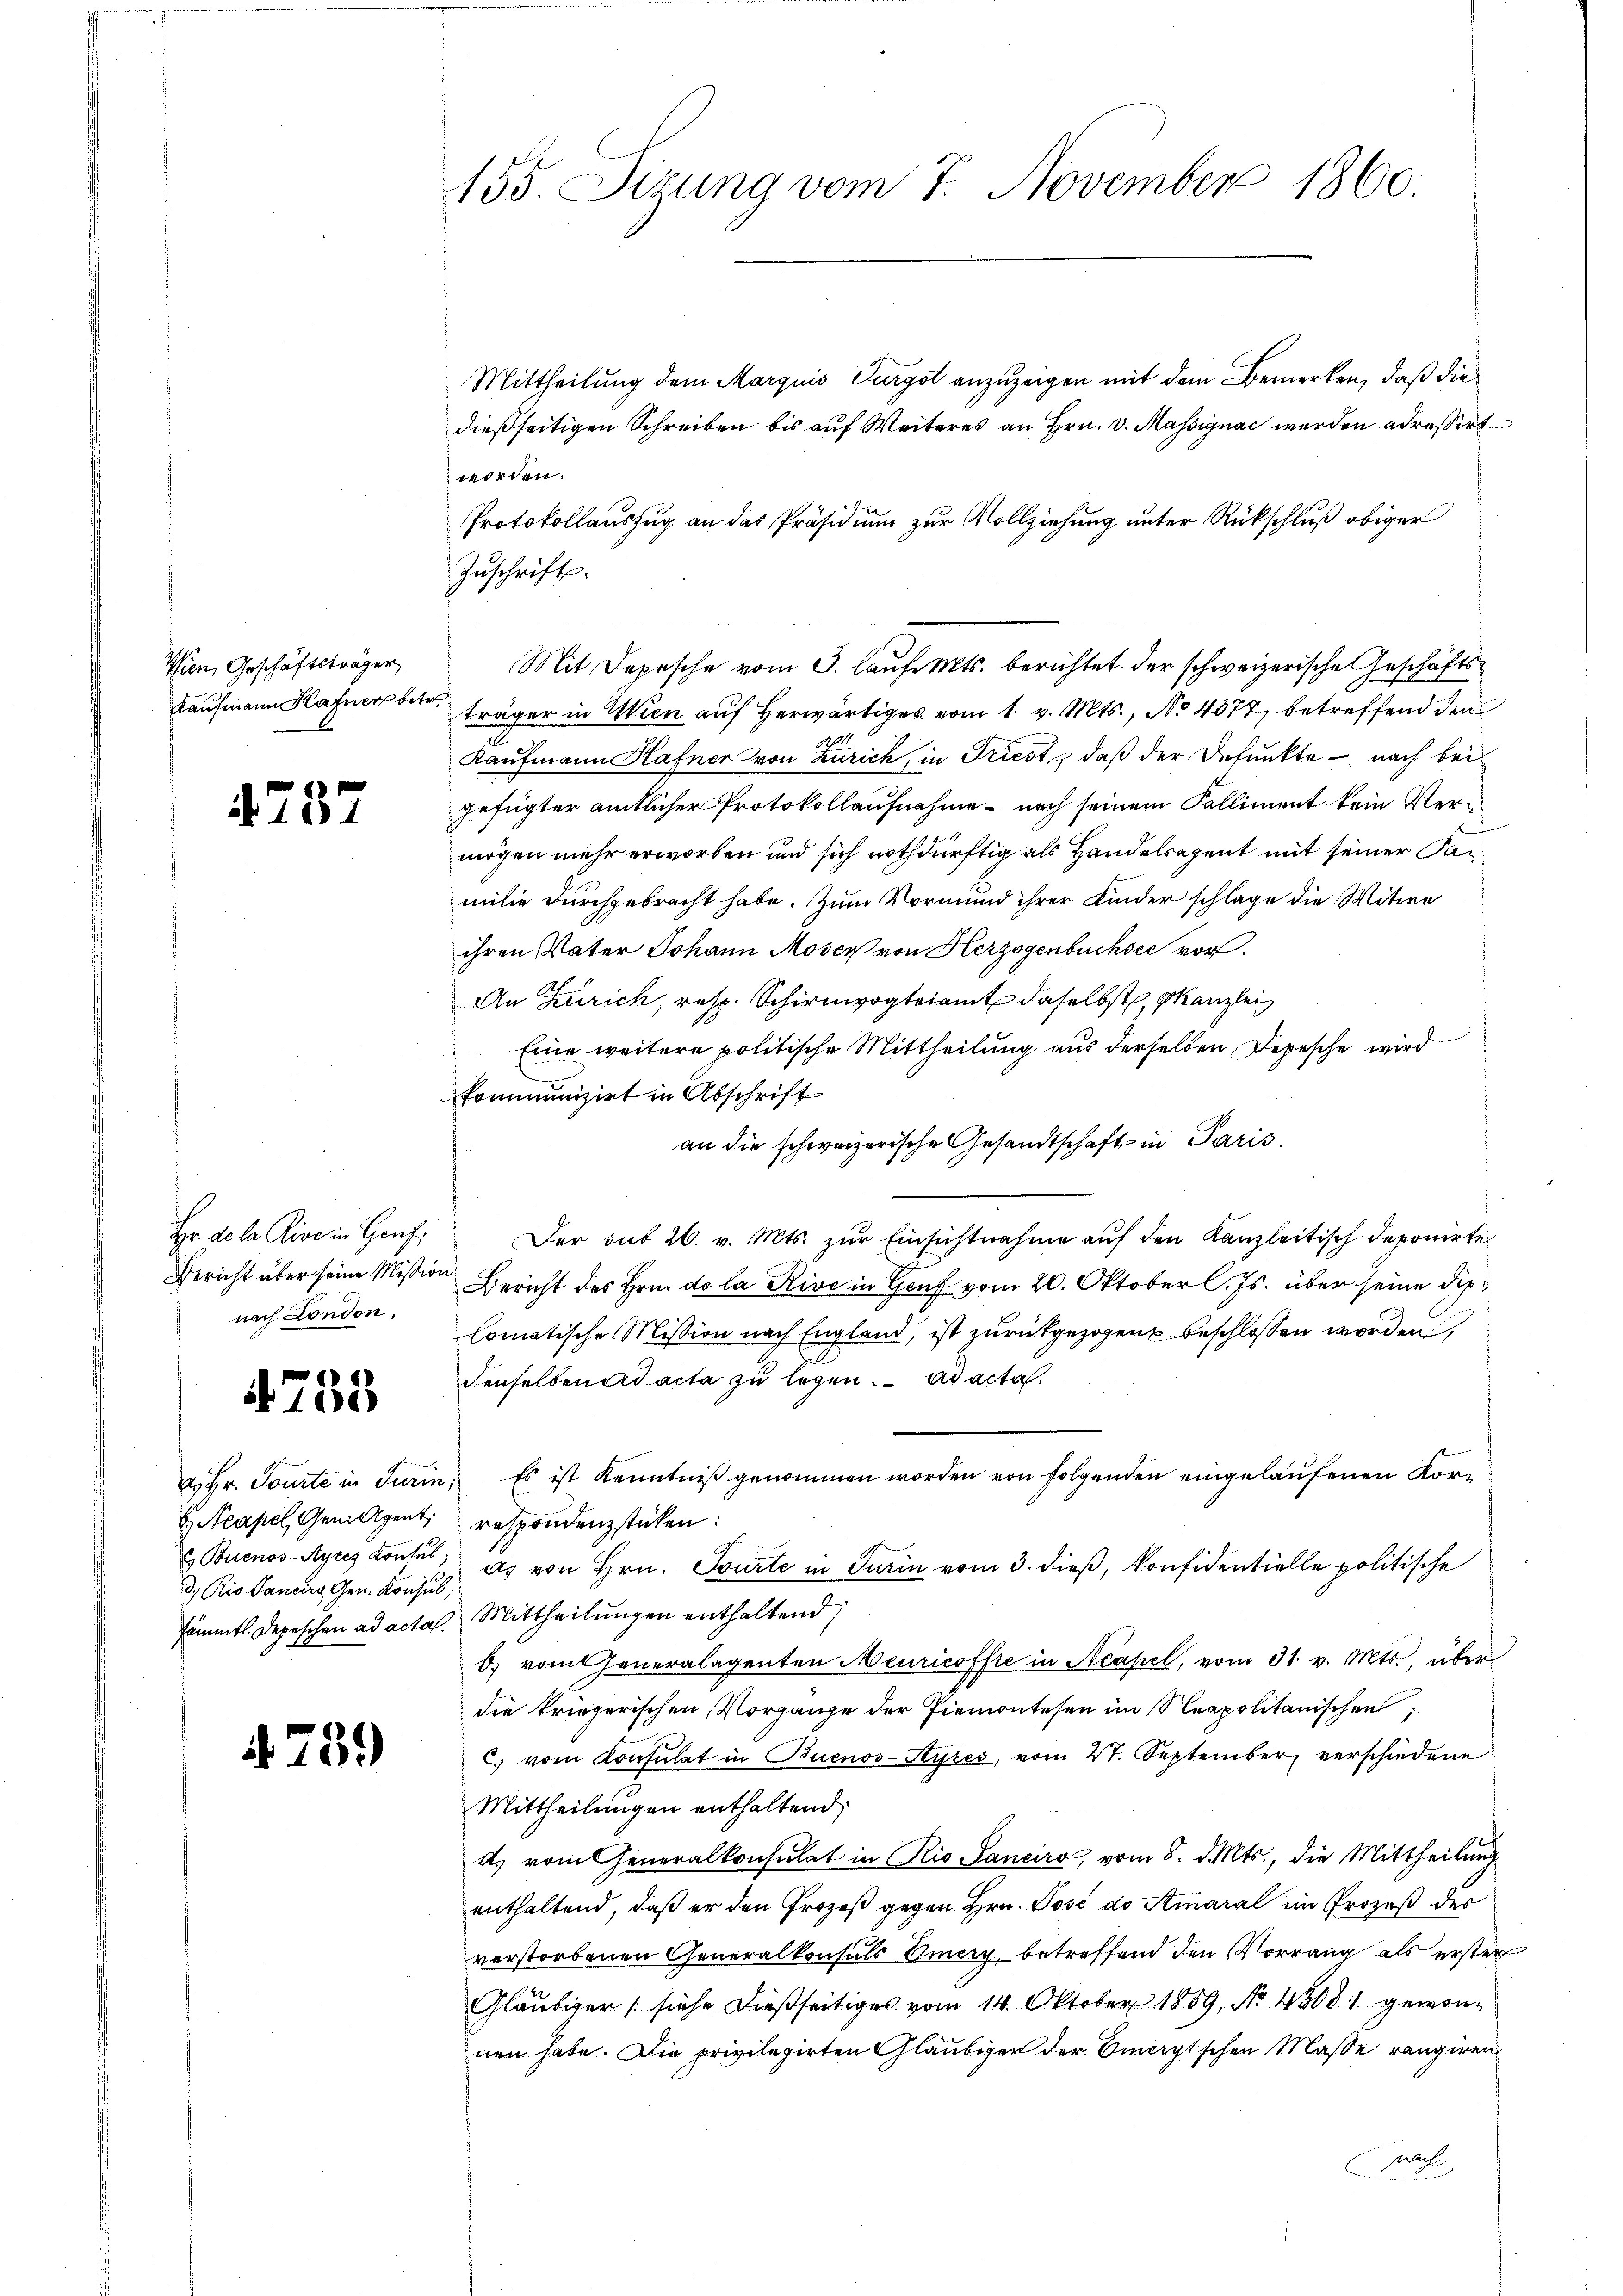
Wien, Geschäftsträger
Kaufmann Hafner betr.

4737

Hr. de la Rive in Genf,
Bericht über seine Mission
nach London.

755

Buenos-Ayres Kontes,

739)

155. Sizung vom 7. November 1860.

Mittheilung dem Marquis Furgot anzuzeigen mit dem Bemerken, daß die
dießseitigen Schreiben bis auf Weiteres an Hrn. v. Massignac werden adressirt
worden.
Protokollauszug an das Präsidium zur Vollziehung unter Rückschluß obiger
Zuschrift.
Mit Depesche vom 3. lauf. Mts. berichtet. Der schweizerische Geschäftsträger in Wien auf herwärtiges vom 1. v. Mts., No 4377, betreffend den
Kaufmann Hafner von Zürich, in Triest, daß der defunkte – nach bei
gefügter amtlicher Protokollaufnahme nach seinem Falliment kein Verumögen mehr erworben und sich nothdürftig als Handelsagent mit seiner Sanmilie durchgebracht habe. Zum Vormund ihrer Kinder schlage die Witwe
ihren Vater Johann Moser von Herzogenbuchsee vor¬
An Zürich, resp. Schirmvogteiamt daselbst, kanzlei
Eine weitere politische Mittheilung aus derselben Depesche wird
kommunizirt in Abschrift
an die schweizerische Gesandtschaft in Paris.
Der mit 26. v. Mts. zŭr Einsichtnahme auf den Kanzleitisch deponirte
Bericht des Hrn. de la Rive in Genf vom 20. Oktober l. Js. über seine dislomatische Mission nach England, ist zurückgezogen beschlossen worden,
denselben ad acta zu legen. ad acta.
a. Hr. Tourte in Turin. Es ist kenntniβ genommen worden von folgenden eingelaufenen Kor¬
 Neapel, Gewittent, respondenzstücken:
 Rio dauer Gen. Konses, es von Hrn. Tourte in Turin vom 3. dieß, konfidentielle politische
sämmtl. Depeschen ad actas. Mittheilungen enthaltend,
b) vom Generalagenten Meuricoffre in Neapel, vom 31. v. Mts., über
die kriegerischen Vorgange der Piemontesen im Neapolitanischen
c. vom Konsulat in Buenos-Ayres, vom 27. September verschiedene
Mittheilungen enthaltend,
d. vom Generalkonsulat in Rio Sancirs, vom 8. d. Mts., die Mittheilung
enthaltend, daß er den Prozeß gegen Hrn. Posé de Amaral im Prozeß der
verstorbenen Generalkonsuls Vierz, betreffend den Vorrang als erster
Gläubiger (siehe dießseitiges vom 14. Oktober 1859, No 13081 gewonnen habe. Die privilegirten Gläubiger der Omerytschen Maße, rangiren
ah